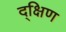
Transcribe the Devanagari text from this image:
द्क्षिण